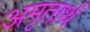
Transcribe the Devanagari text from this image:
अमृतार्थं